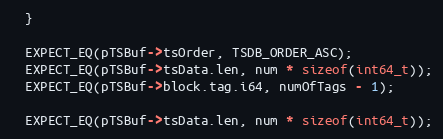
Language: C++
  }

  EXPECT_EQ(pTSBuf->tsOrder, TSDB_ORDER_ASC);
  EXPECT_EQ(pTSBuf->tsData.len, num * sizeof(int64_t));
  EXPECT_EQ(pTSBuf->block.tag.i64, numOfTags - 1);

  EXPECT_EQ(pTSBuf->tsData.len, num * sizeof(int64_t));